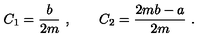
C _ { 1 } = \frac { b } { 2 m } \ , \qquad C _ { 2 } = \frac { 2 m b - a } { 2 m } \ .